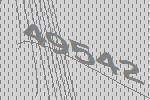
49542